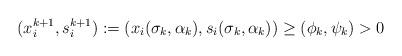
LaTeX: \begin{align*}(x_i^{k+1},s_i^{k+1}):=(x_i(\sigma_k,\alpha_k), s_i(\sigma_k,\alpha_k) ) \ge (\phi_k, \psi_k) >0\end{align*}